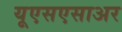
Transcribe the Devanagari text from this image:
यूएसएसाअर